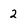
Character: 2